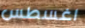
اغسطس